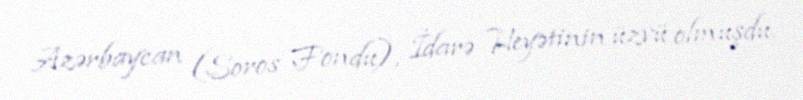
Azərbaycan (Soros Fondu), İdarə Heyətinin üzvü olmuşdu.